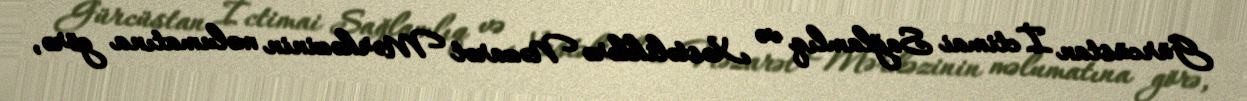
Gürcüstan İctimai Sağlamlıq və Xəstəliklərə Nəzarət Mərkəzinin məlumatına görə,